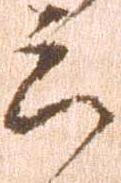
云